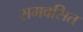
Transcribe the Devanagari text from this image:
समवसित